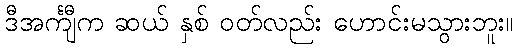
ဒီအင်္ကျီက ဆယ် နှစ် ဝတ်လည်း ဟောင်းမသွားဘူး။